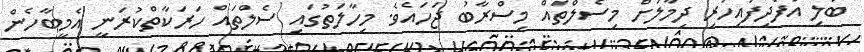
ބަލި އުފެދިފައިހުރި ދިމާލަށް މިސެލްތައް މިސްރާބު ޖަހައެވެ. މިހާލަތުގައި ސެލްތައް ހަރަކާތްކުރަނީ އެމީބާހެން